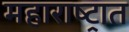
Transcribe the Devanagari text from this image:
महाराष्‍ट्रात